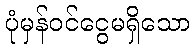
ပုံမှန်ဝင်ငွေမရှိသော